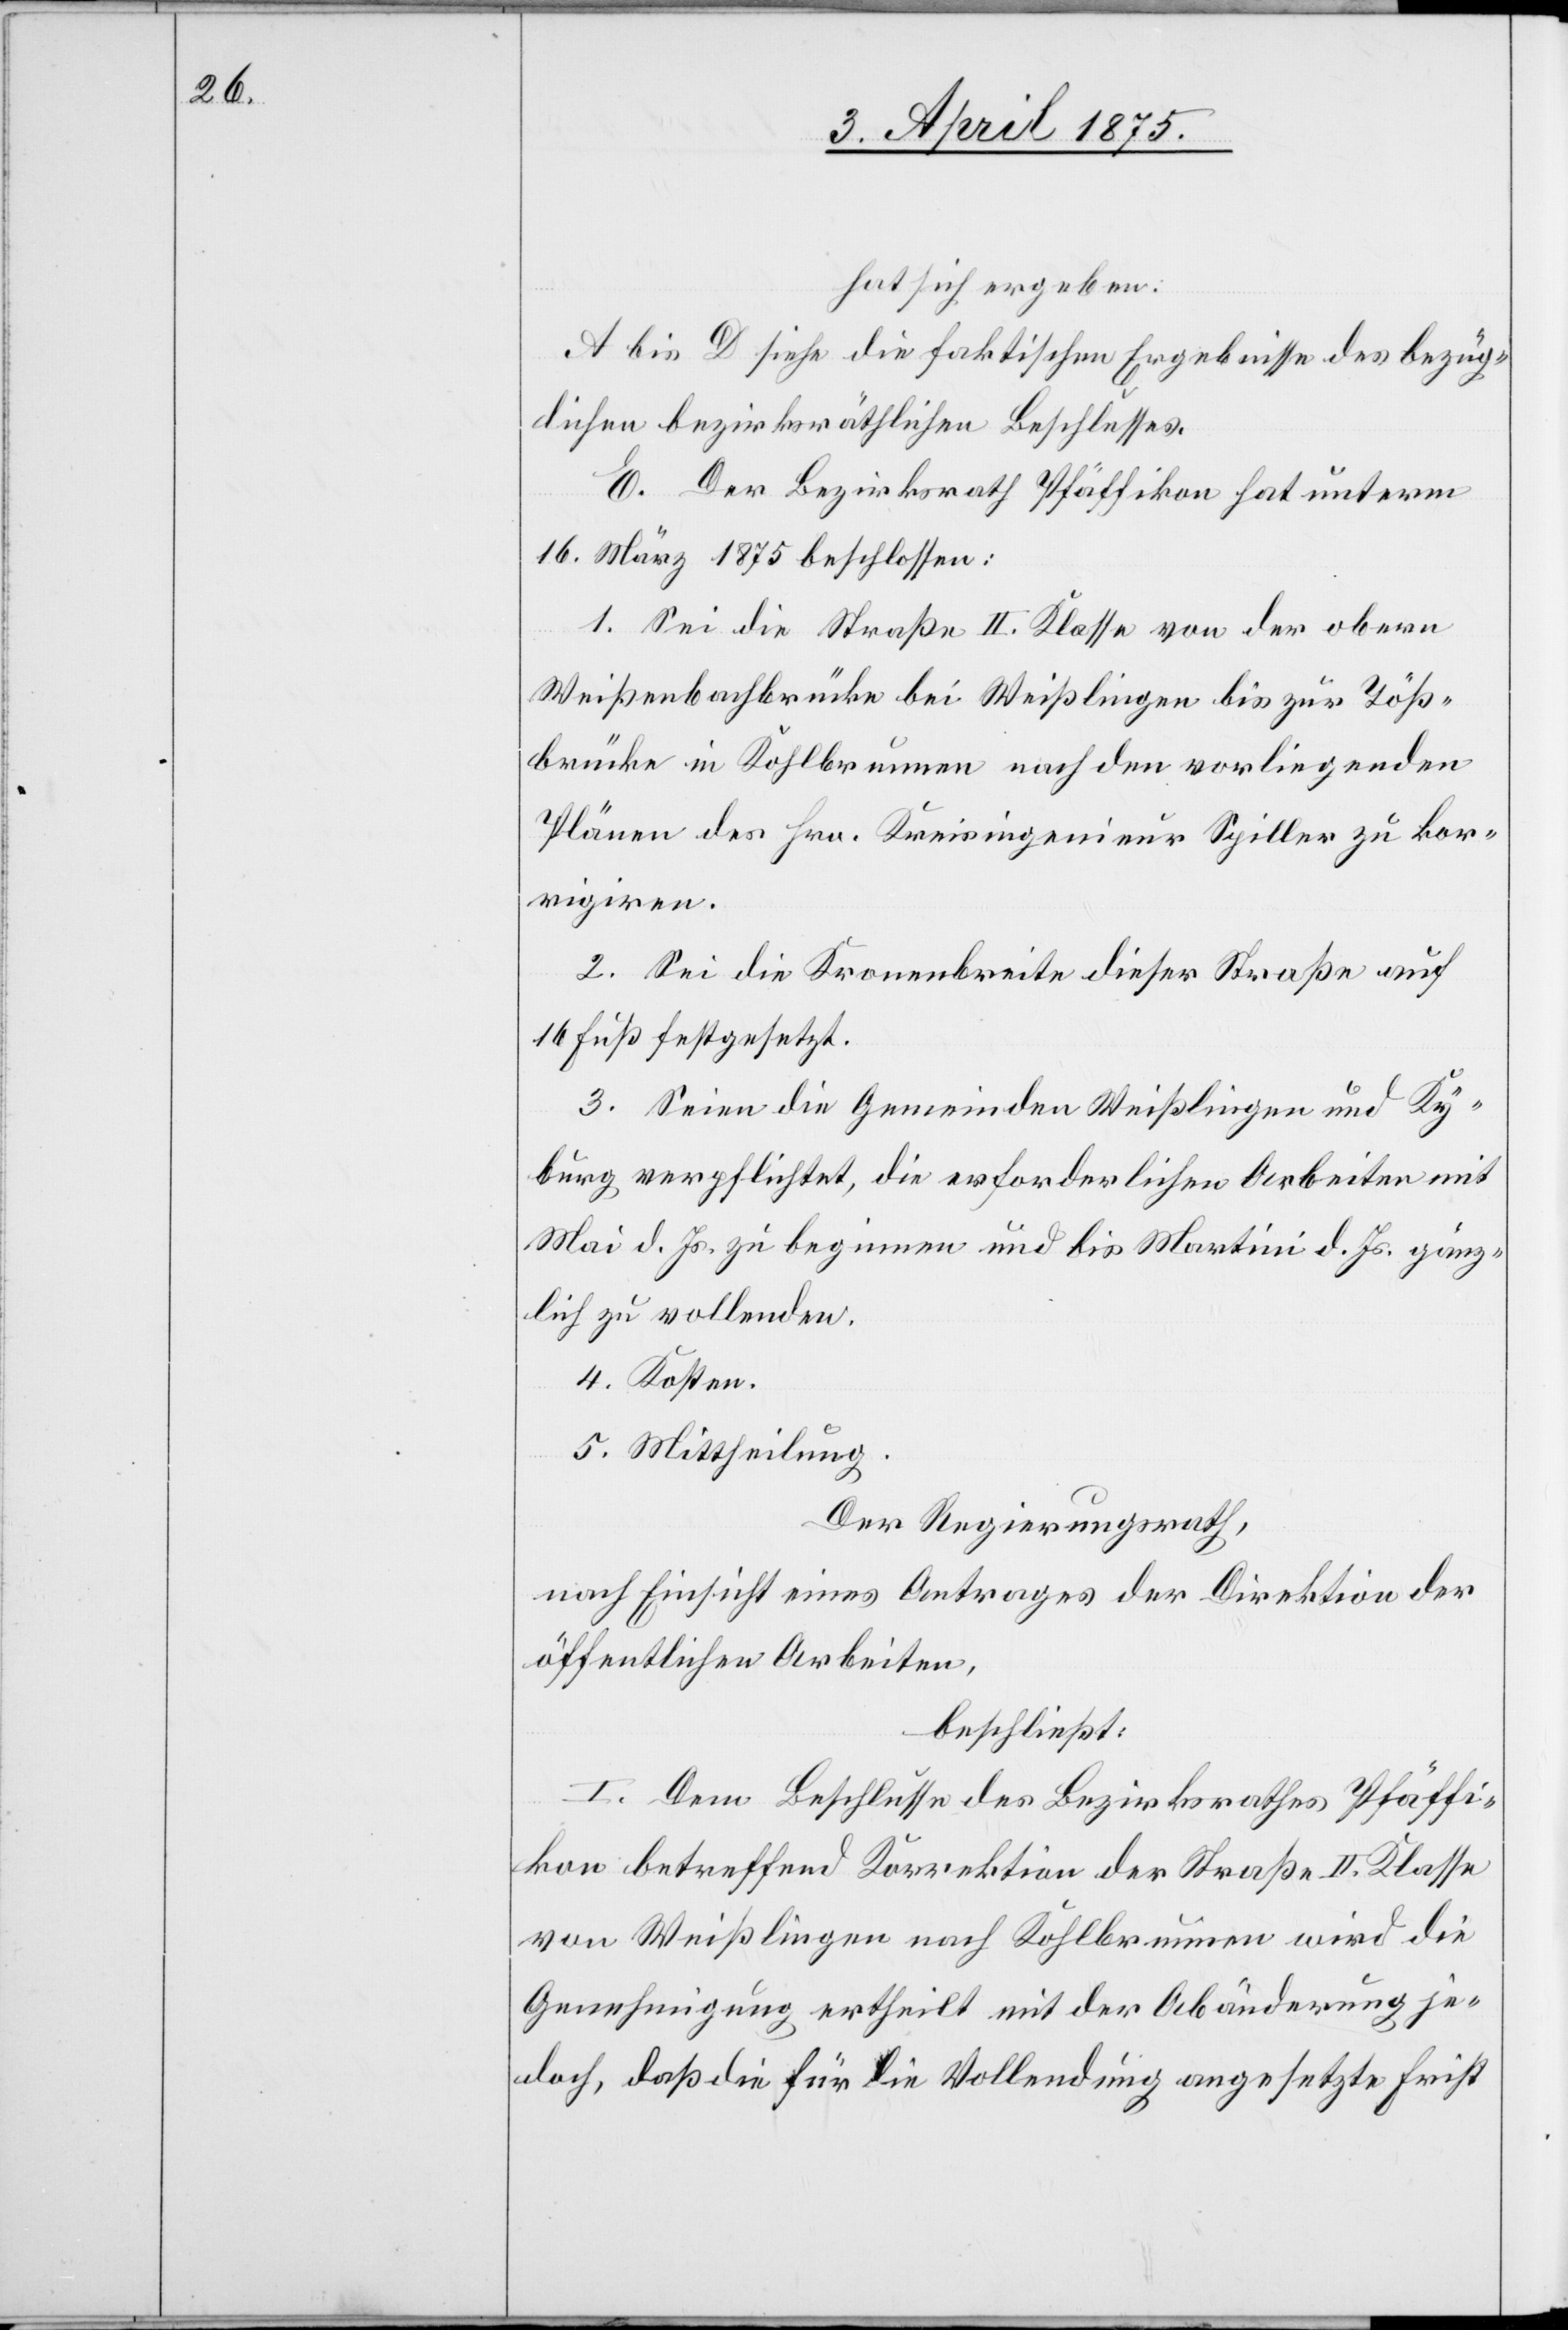
hat sich ergeben:
A bis D siehe die faktischen Ergebnisse des bezüg¬
lichen bezirksräthlichen Beschlusses.
E. Der Bezirksrath Pfäffikon hat unterm
16. März 1875 beschlossen:
1. Sei die Straße II. Klasse von der obern
Weißenbachbrücke bei Weißlingen bis zur Töß¬
brücke in Kohlbrunnen nach den vorliegenden
Plänen des Hrn. Kreisingenieur Spiller zu kor¬
rigiren.
2. Sei die Kronenbreite dieser Straße auf
16 Fuß festgesetzt.
3. Seien die Gemeinden Weißlingen und Ky¬
burg verpflichtet, die erforderlichen Arbeiten mit
Mai d. Js. zu beginnen und bis Martini d. Js. gänz¬
lich zu vollenden.
4. Kosten.
5. Mittheilung.
Der Regierungsrath,
nach Einsicht eines Antrages der Direktion der
öffentlichen Arbeiten,
beschließt:
I. Dem Beschlusse des Bezirksrathes Pfäffi¬
kon betreffend Korrektion der Straße II. Klasse
von Weißlingen nach Kohlbrunnen wird die
Genehmigung ertheilt mit der Abänderung je¬
doch, daß die für die Vollendung angesetzte Frist